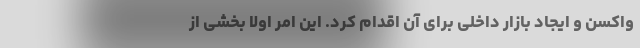
واکسن و ایجاد بازار داخلی برای آن اقدام کرد. این امر اولا بخشی از